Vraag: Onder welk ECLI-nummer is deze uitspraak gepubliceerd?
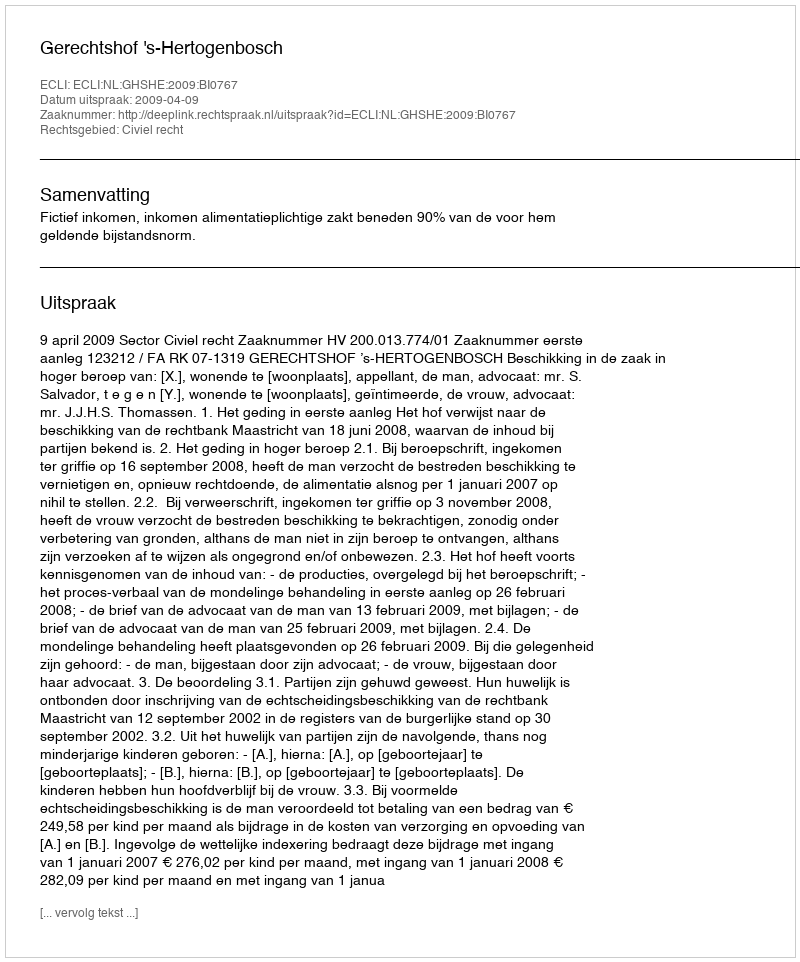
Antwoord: ECLI:NL:GHSHE:2009:BI0767